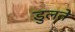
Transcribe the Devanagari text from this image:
डुलते